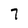
Character: 7